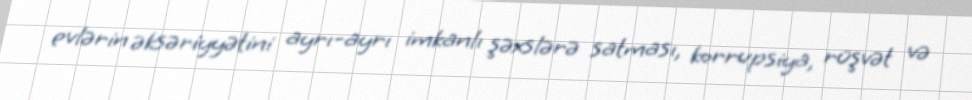
evlərin əksəriyyətini ayrı-ayrı imkanlı şəxslərə satması, korrupsiya, rüşvət və